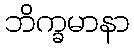
ဘိက္ခမာနာ